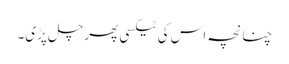
چنانچہ اس کی ٹیکسی پھر چل پڑی۔